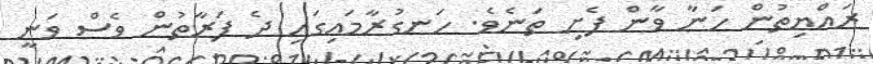
ރައްޔިތުން ހަނާ ވާން ފެށި ތަނެވެ. ހަނގުރާމައިގައި ދެ ފަރާތުން ވެސް ވަނީ